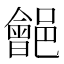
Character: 𨞡